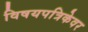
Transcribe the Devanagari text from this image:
विषयपत्रिकेवर